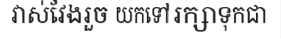
វាស់វែងរួច យកទៅរក្សាទុកជា